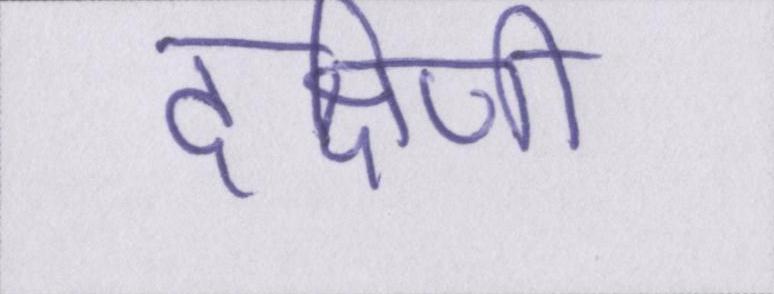
दक्षिणी